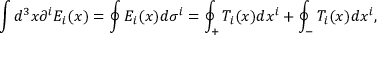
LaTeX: \int d ^ { 3 } x \partial ^ { i } { \cal E } _ { i } ( x ) = \oint { \cal E } _ { i } ( x ) d \sigma ^ { i } = \oint _ { + } { \cal T } _ { i } ( x ) d x ^ { i } + \oint _ { - } { \cal T } _ { i } ( x ) d x ^ { i } ,